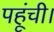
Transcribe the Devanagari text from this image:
पहूंची।